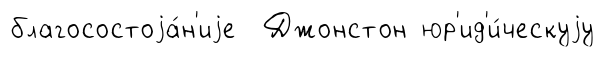
благосостоjа́н'иjе Джонстон юр'ид'и́ческуjу